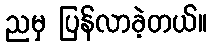
ညမှ ပြန်လာခဲ့တယ်။